Report of the Municipal Commissioner on the plague in Bombay for the year ending 31st May... - Volume 1
Disease focus: Plague
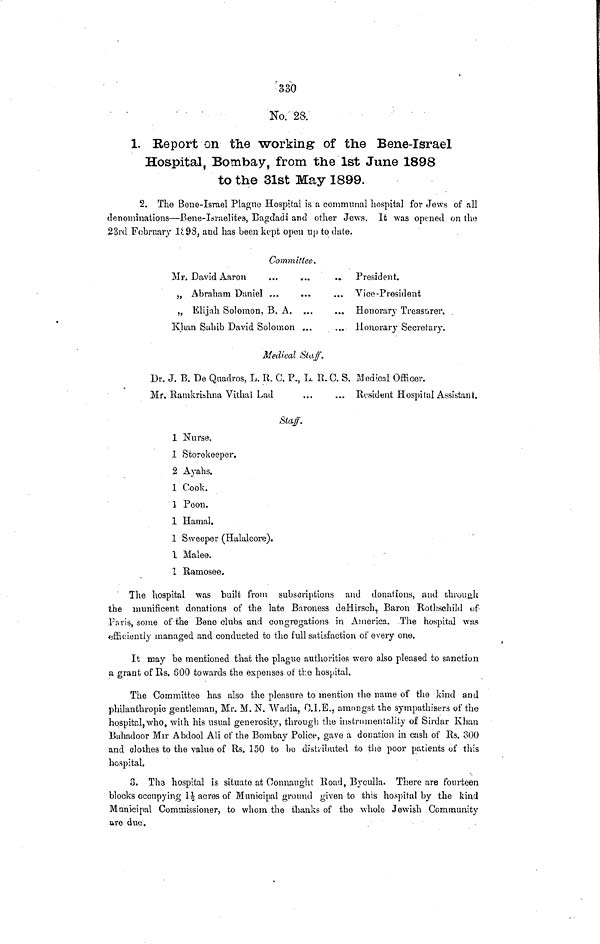
330
No. 28.
1. Report on the -working of the Bene-Israel
Hospital, Bombay, from the 1st June 1898
to the 31st May 1899.
2. The Bene-Israel Plague Hospital is a communal hospital for Jews of all
denominations—Bene-Israelites, Bagcladi and other Jews. It was opened on the
23rd February li.98 } and has been kept open up to dale.
Committee.
Mr. David Aaron
„ Abraham Daniel ...
„ Elijah Solomon, B. A.
Khan Sahib David Solomon ...
•
...
...
President.
Vice-President
Honorary Treasurer.
Honorary Secretary.
Medical Staff.
Dr. J. B. De Quadros, L. II. C. P., L. R.O. S. Medical Officer.
Mr. Ramkrishna Vithal Lad
...
... Resident Hospital Assistant.
Sta/.
1 Nurse.
1 Storekeeper.
2 Ayahs.
1 Cook.
] Peon.
1 Hamal.
1 Sweeper (Halalcore).
1 Malee.
1 Ramosee.
The hospital was built from subscriptions and donations, and through
the munificent donations of the late Baroness deHirsch, Baron Rothschild of
Paris, some of the Beno clubs and congregations in America. The hospital was
efficiently managed and conducted to the full satisfaction of every one.
It may be mentioned that the plague authorities were also pleased to sanction
a grant of Rs. 600 towards the expenses of the hospital.
The Committee has also the pleasure to mention ihe name of the kind and
philanthropic gentleman, Mr. M. N. "YVadia, D.I.E., amongst the sympathisers of the
hospital,who, with his usual generosity, through the instrumentality of Sirdar Khan
Bahadoor Mir Abdool Ali of the Bombay Police, gave a donation in cash of Rs. 300
and clothes, to the value of Rs. 150 to bo distributed to the poor patients of this
hospital.
3. Tha hospital is situate at Connaught Road, Byculla. There are fourteen
blocks occupying It acres of Municipal ground given to this hospital by the kind
Municipal Commissioner, to whom the thanks of the whole Jewish Community
are due.